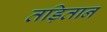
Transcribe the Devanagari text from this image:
तड़ितान